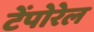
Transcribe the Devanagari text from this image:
टेंपोरेल